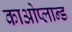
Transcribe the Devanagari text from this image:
काओप्लान्ड